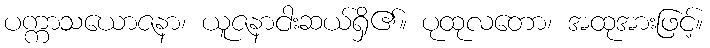
ပက္ကာသယောဇနာ၊ ယူဇနာငါးဆယ်ရှိ၏။ ပုထုလတော၊ အထုအားဖြင့်။